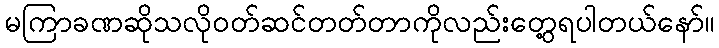
မကြာခဏဆိုသလို၀တ်ဆင်တတ်တာကိုလည်းတွေ့ရပါတယ်နော်။